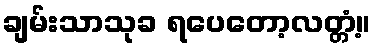
ချမ်းသာသုခ ရပေတော့လတ္တံ့။